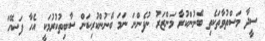
ސީދާ މަސްތުވާތަކެތި ބޭނުންކުރާ މަންޒަރު ނުފެންނަ ނަމަ ބޭނުންކުރިކަން ސާބިތުކުރުމަކީ އެހާ ފަސޭހަ